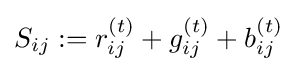
S_{ij}:=r_{ij}^{(t)}+g_{ij}^{(t)}+b_{ij}^{(t)}